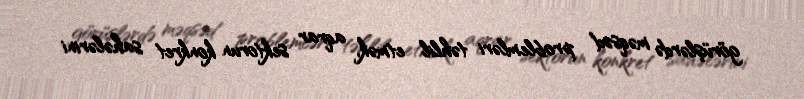
görüşlərdə məqsəd problemləri təhlil etmək, aqrar sektorun konkret sahələrini